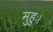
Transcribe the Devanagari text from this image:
मुहुः।